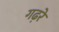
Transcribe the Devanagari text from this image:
गढ़रे